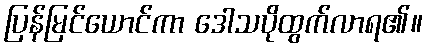
ပြန်မြင်ယောင်ကာ ဒေါသပိုထွက်လာရ၏။